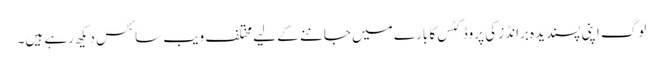
لوگ اپنی پسندیدہ برانڈز کی پروڈکٹس کا بارے میں جاننے کے لیے مختلف ویب سائٹس دیکھ رہے ہیں۔